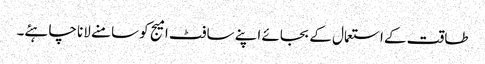
طاقت کے استعمال کے بجائے اپنے سافٹ امیج کو سامنے لانا چاہئے۔